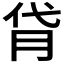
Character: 𦙯